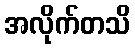
အလိုက်တသိ